Annual administration report of the Civil Veterinary Department of India - 1897-1898
Year: 1897
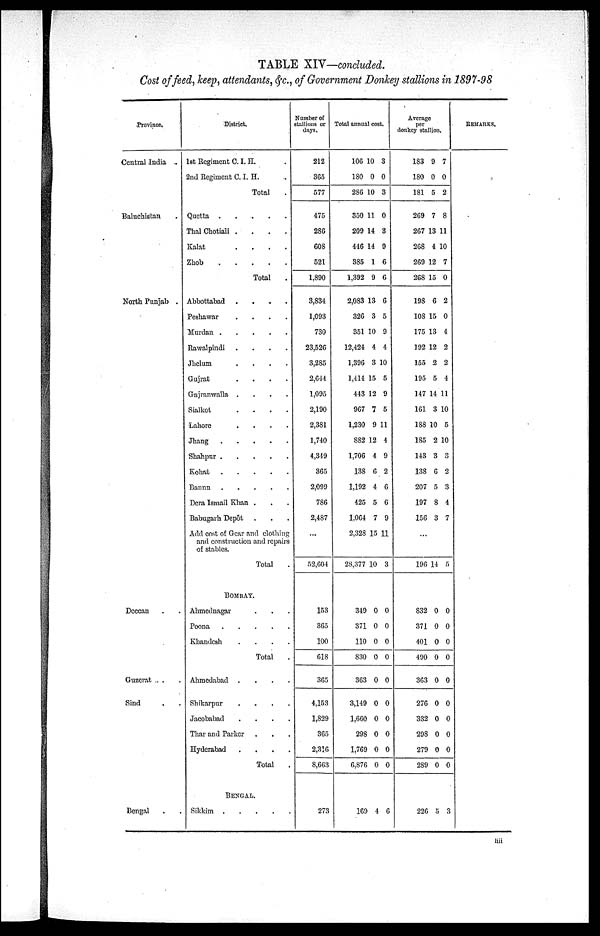
TABLE XIV—concluded.
Cost of feed, keep, attendants, &c., of Government Donkey stallions in 1897—98
Province.
Central India.
Baluchistan .
North Punjab.
Dcccan .
Guzerat .
Sind .
Bengal
District.
1st Regiment C. I. E. .
2nd Regiment C. I. H. .
Total
Quetta
.....
Thal Chotiali
....
Kalat
....
Zhob
.....
Total
Abbottabad
....
Peshawar
....
Murdan
.....
Rawalpindi
....
Jhelum
....
Gujrat
....
Gnjranwalia
....
Sialkot
....
Lahore
....
Jhang
....
Shahpur
....
Kohat
....
Bannu
....
Dera Ismail Khan . . .
Babugarh Depôt . . .
Add cost of Gear and clothing
and construction and repairs
of stables.
Total .
BOMBAY.
Ahmednagar . . .
Poona
....
Khandesh
....
Total .
Ahmedabad
....
Shikarpur
....
Jacobabad
....
Thar and Parker . . .
Hyderabad
....
Total .
BENGAL.
Sikkim
....
Number of
stallions or
days.
212
365
577
475
286
608
521
1,890
3,834
1,093
730
23,526
3,285
2,644
1,095
2,190
2,381
1,740
4,319
365
2,099
786
2,487
...
52,604
153
365
100
618
365
4,153
1,829
365
2,316
8,663
273
Total annual cost.
106
180
286
350
209
446
385
1,392
2,083
326
351
12,424
1,396
1,414
443
967
1,230
882
1,706
138
1,192
425
1,064
2,328
28,377
349
371
110
830
363
3,149
1,660
298
1,769
6,876
160
10
0
10
11
14
14
1
9
13
3
10
4
3
15
12
7
9
12
4
6
4
5
7
15
10
0
0
0
0
0
0
0
0
0
0
4
3
0
3
0
3
9
6
6
6
5
9
4
10
5
9
5
11
4
9
2
6
6
9
11
3
0
0
0
0
0
0
0
0
0
0
6
Average
per
donkey stallion.
183
180
181
269
267
268
269
268
198
108
175
192
155
195
147
161
188
185
143
138
207
197
156
...
196
832
371
401
490
363
276
332
298
279
289
226
9
0
5
7
13
4
12
15
6
15
13
12
2
5
14
3
10
2
3
6
5
8
3
14
0
0
0
0
0
0
0
0
0
0
5
7
0
2
8
11
10
7
0
2
0
4
2
2
4
11
10
5
10
3
2
3
4
7
5
0
0
0
0
0
0
0
0
0
0
3
REMARKS.
liii